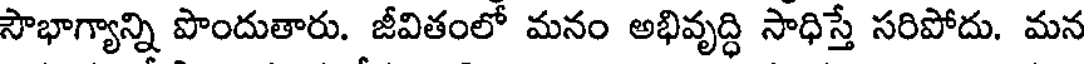
సౌభాగ్యాన్ని పొందుతారు. జీవితంలో మనం అభివృద్ధి సాధిస్తే సరిపోదు. మన